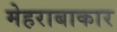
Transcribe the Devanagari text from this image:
मेहराबाकार